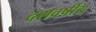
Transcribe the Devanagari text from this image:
दशवर्षीय